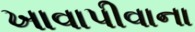
ખાવાપીવાના